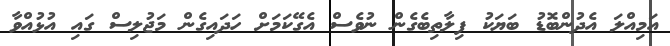
އަމިއްލަ އެދުންބޮޑު ބަޔަކު ފިލާތިބެގެން ނުވެސް އެގޭކަމަށް ހަދައިގެން މަޖުލިސް ގައި އުޅުއްވާ